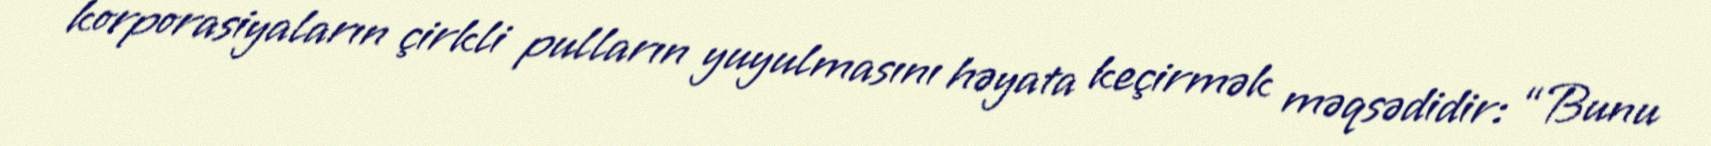
korporasiyaların çirkli pulların yuyulmasını həyata keçirmək məqsədidir: “Bunu